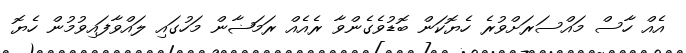
އެއް ހާސް މައްސަރަށްވުރެ ހެޔޮކަން ބޮޑުވެގެންވާ ރެއެއް ރަމަޟާން މަހުގައި ލައްވާފައިވުމުން ހެޔޮ